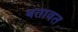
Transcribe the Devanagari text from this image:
बतावत